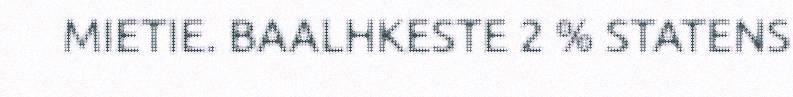
MIETIE. BAALHKESTE 2 % STATENS